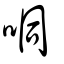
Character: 哃